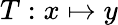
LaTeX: T:x\mapsto y